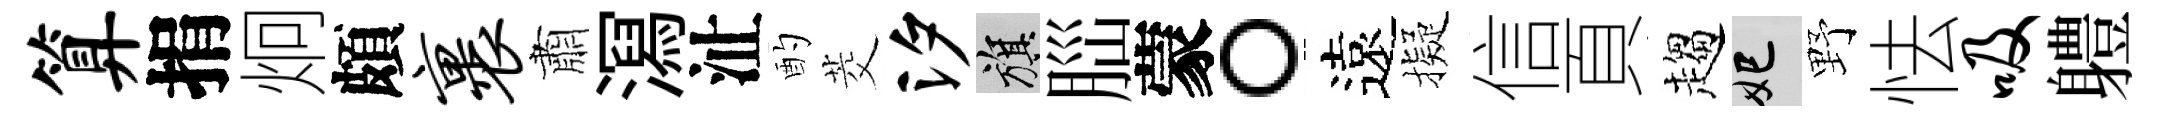
算捐炯頗裹肅㵼沚酌茭汐旗𦛁蒙。遠擬信頁趨妃野怯吸軆